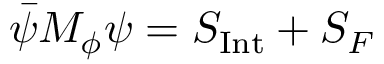
\bar { \psi } M _ { \phi } \psi = S _ { \mathrm { { I n t } } } + S _ { F }